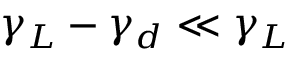
\gamma _ { L } - \gamma _ { d } \ll \gamma _ { L }